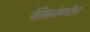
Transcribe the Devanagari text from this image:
नैतिकतेमधील